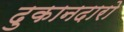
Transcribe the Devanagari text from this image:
दुकानदारो